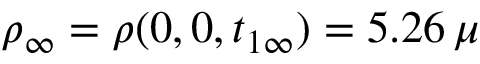
\rho _ { \infty } = \rho ( 0 , 0 , t _ { 1 \infty } ) = 5 . 2 6 \, \mu